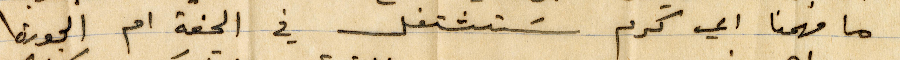
ما فهمنا أي كرم ستشتغل في الحفة ام الجورة